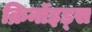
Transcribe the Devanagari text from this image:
क्रिनॉइड्स